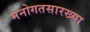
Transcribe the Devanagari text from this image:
मनोगतसारख्या